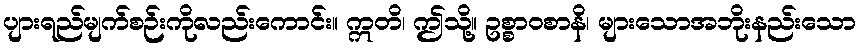
ပျားရည်မျက်စဉ်းကိုလည်းကောင်း။ ဣတိ၊ ဤသို့။ ဥစ္စာဝစာနိ၊ များသောအဘိုးနည်းသော